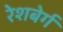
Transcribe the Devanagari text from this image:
रेशबेर्ग